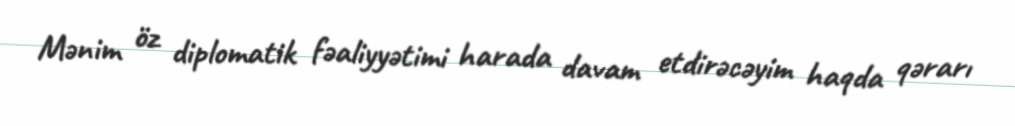
Mənim öz diplomatik fəaliyyətimi harada davam etdirəcəyim haqda qərarı